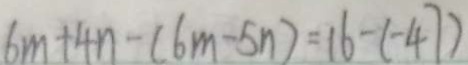
6 m + 4 n - ( 6 m - 5 n ) = 1 6 - ( - 4 7 )